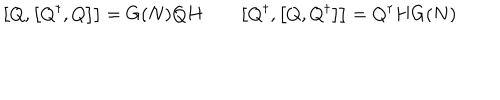
\bigl [ Q , \bigl [ Q ^ { \dagger } , Q \bigr ] \bigr ] = G ( N ) Q H \qquad \bigl [ Q ^ { \dagger } , \bigl [ Q , Q ^ { \dagger } \bigr ] \bigr ] = Q ^ { \dagger } H G ( N )